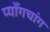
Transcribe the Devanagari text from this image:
प्याँगचांग